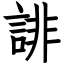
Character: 誹